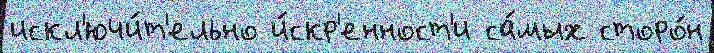
искл'ючи́т'ельно и́скр'енност'и са́мых сторо́н